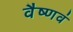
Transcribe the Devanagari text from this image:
वैष्णवं